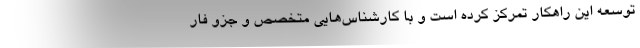
توسعه این راهکار تمرکز کرده است و با کارشناس‌هایی متخصص و جزو فار